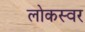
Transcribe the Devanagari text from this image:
लोकस्वर